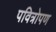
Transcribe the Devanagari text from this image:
पवित्रोपण